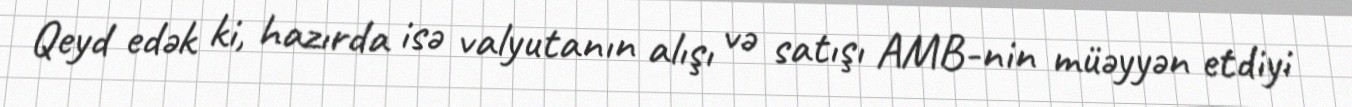
Qeyd edək ki, hazırda isə valyutanın alışı və satışı AMB-nin müəyyən etdiyi